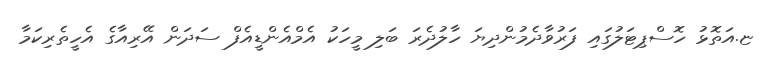
ޏ.އަތޮޅު ހޮސްޕިޓަލުގައި ފަރުވާދެމުންދިޔަ ހާލުދެރަ ބަލި މީހަކު އެމްއެންޑީއެފް ސަދަން އޭރިއާގެ އެހީތެރިކަމާ